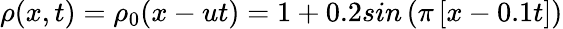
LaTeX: \rho(x,t)=\rho_{0}(x-ut)=1+0.2sin\left(\pi\left[x-0.1t\right]\right)